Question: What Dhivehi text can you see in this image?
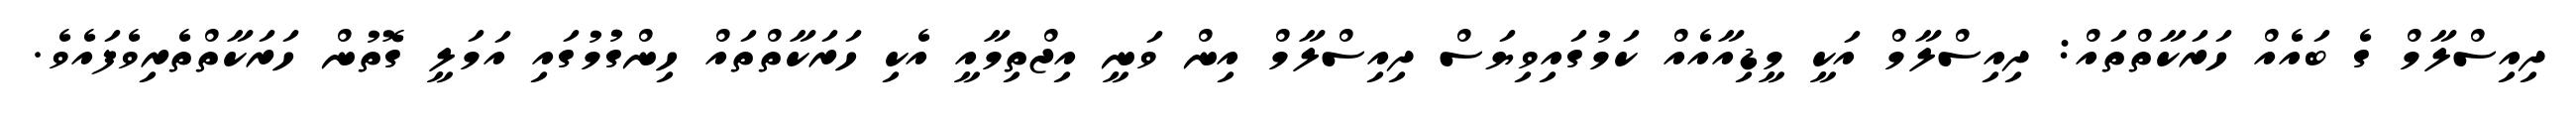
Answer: ދިއިސްލާމް ގެ ބައެއް ހަރަކާތްތައް: ދިއިސްލާމް އަކީ މީޑިއާއެއް ކަމުގައިވިޔަސް ދިއިސްލާމް އިން ވަނީ އިޖްތިމާއީ އެކި ހަރަކާތްތައް ހިންގުމުގައި އަމަލީ ގޮތުން ހަރަކާތްތެރިވެފައެވެ.